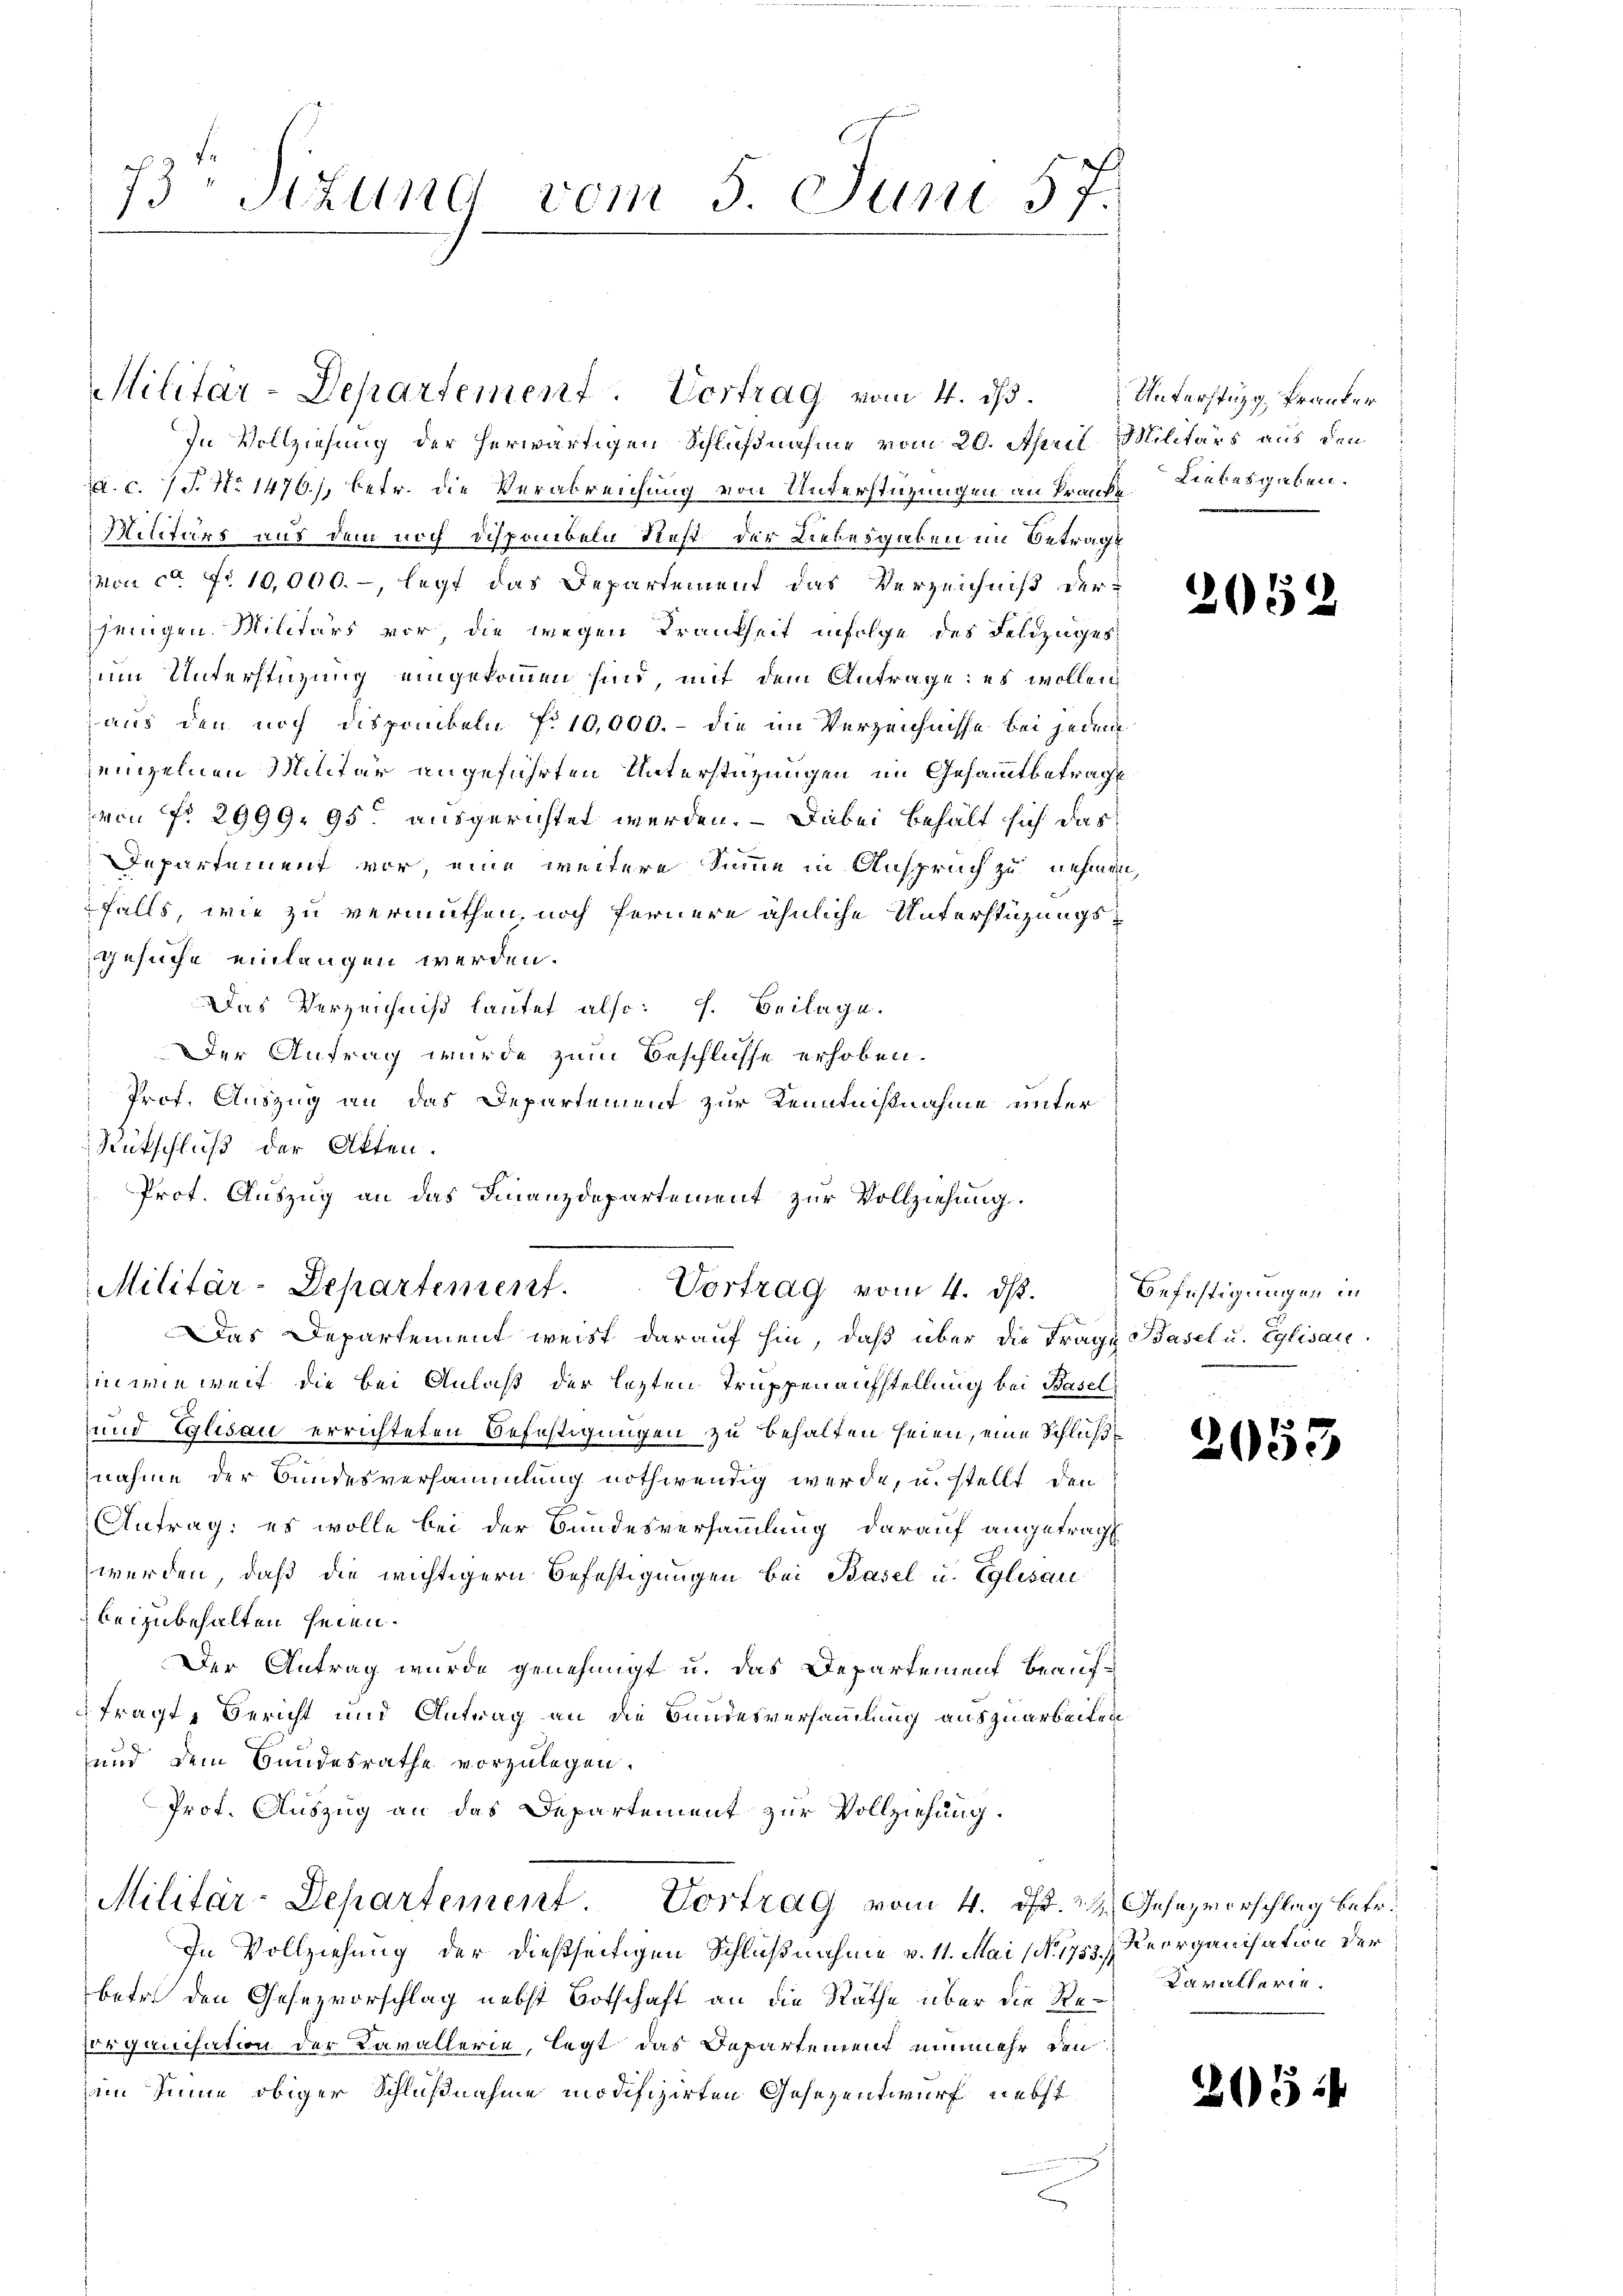
73 Sezung vom 5. Juni 57.

In Vollziehung der herwärtigen Schlußnahme vom 20. April Militärs aus den
a. c. 7 J. No 1476), betr. die Verabreichung von Unterstützungen an Krank- Liebesgaben.
Militärs aus dem noch Disponibeln Rest der Liebesgaben im Betrage
on ca Fr. 10,000.-, legt das Departement das Verzeichniß der-
jenigen Militärs vor die wegen Krankheit infolge des Feldzuges
um Unterstüzung eingekommen sind, mit dem Antrage: es wollen
aus den noch disponibeln f. 10,000. - die im Verzeichnisse bei jedem
jeinzelnen Militär angeführten Unterstützungen im Gesammtbetrage
von No 2999. 95. ausgerichtet werden. — Dabei behält sich das
Departement vor, eine weitere Summe in Anspruch zu nehmen
falls, wie zu vermuthen, noch fernere ähnliche Unterstüzungs¬
Gesuche einlangen werden.
Das Verzeichniß lautet also: F. Beilage.
Der Antrag wurde zum Beschlusse erhoben.
Prof. Auszug an das Departement zur Kenntnißnahme unter
Rütschluß der Akten.
Prot. Auszug an das Finanzdepartement zur Vollziehung.
Das Departement weist darauf hin, daß über die Frage Basel u. Eglisau.
Einwieweit die bei Anlaß der letzten Truppenaufstellung bei Basel
und Eglisau errichteten Befestigungen zu behalten seien, eine Schlußnahme der Bundesversammlung nothwendig werde, u. stellt den
Antrag: es wolle bei der Bundesversammlung darauf angetragt
werden, daß die wichtigern Befestigungen bei Basel u. Eglisau
beizubehalten seien.
Der Antrag wurde genehmigt u. das Departement beaufdfragt, Bericht und Antrag an die Bundesversammlung auszuarbeiten
und dem Bundesrathe vorzulegen.
Prof. Auszug an das Departement zur Vollziehung.
Militär-Departement Vortrag vom 4. d. 22. Jehnzvorschlag betr.
In Vollziehung der dießseitigen Schlußnahme v. 11. Mai (No. 1753.) Reorganisation der
betr. den Gesezvorschlag nebst Botschaft an die Räthe über die Reorganisation der Cavallerie, legt das Departement nunmehr den
im Sinne obiger Schlußnahme modifizirten Gesezentwurf nebst

Militär-Departement. Vortrag vom 4. ds.

Militär-Departement. Vortrag vom 4. ds.

Unterstüzg, Franker

205

2

Befihtigungen in

2053

Kavallarie.

307